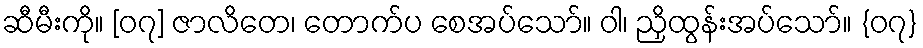
ဆီမီးကို။ [၀၇] ဇာလိတေ၊ တောက်ပ စေအပ်သော်။ ဝါ၊ ညှိထွန်းအပ်သော်။ {၀၇}